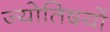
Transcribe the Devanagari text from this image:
ज्योतिषयों